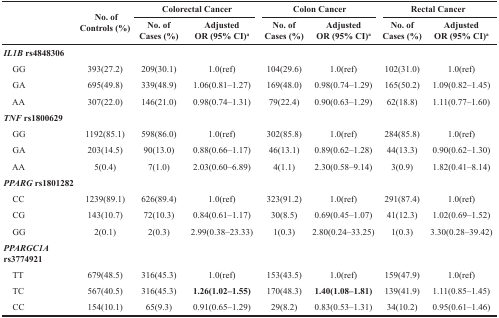
<table><thead><tr><td></td><td rowspan="2"><b>No. of Controls (%)</b></td><td colspan="2"><b>Colorectal Cancer</b></td><td colspan="2"><b>Colon Cancer</b></td><td colspan="2"><b>Rectal Cancer</b></td></tr><tr><td></td><td><b>No. of Cases (%)</b></td><td><b>Adjusted OR (95% CI)<sup>a</sup></b></td><td><b>No. of Cases (%)</b></td><td><b>Adjusted OR (95% CI)<sup>a</sup></b></td><td><b>No. of Cases (%)</b></td><td><b>Adjusted OR (95% CI)<sup>a</sup></b></td></tr></thead><tbody><tr><td><b><i>IL1B</i></b><b>rs4848306</b></td><td></td><td></td><td></td><td></td><td></td><td></td><td></td></tr><tr><td> GG</td><td>393(27.2)</td><td>209(30.1)</td><td>1.0(ref)</td><td>104(29.6)</td><td>1.0(ref)</td><td>102(31.0)</td><td>1.0(ref)</td></tr><tr><td> GA</td><td>695(49.8)</td><td>339(48.9)</td><td>1.06(0.81–1.27)</td><td>169(48.0)</td><td>0.98(0.74–1.29)</td><td>165(50.2)</td><td>1.09(0.82–1.45)</td></tr><tr><td> AA</td><td>307(22.0)</td><td>146(21.0)</td><td>0.98(0.74–1.31)</td><td>79(22.4)</td><td>0.90(0.63–1.29)</td><td>62(18.8)</td><td>1.11(0.77–1.60)</td></tr><tr><td><b><i>TNF</i></b><b>rs1800629</b></td><td></td><td></td><td></td><td></td><td></td><td></td><td></td></tr><tr><td> GG</td><td>1192(85.1)</td><td>598(86.0)</td><td>1.0(ref)</td><td>302(85.8)</td><td>1.0(ref)</td><td>284(85.8)</td><td>1.0(ref)</td></tr><tr><td> GA</td><td>203(14.5)</td><td>90(13.0)</td><td>0.88(0.66–1.17)</td><td>46(13.1)</td><td>0.89(0.62–1.28)</td><td>44(13.3)</td><td>0.90(0.62–1.30)</td></tr><tr><td> AA</td><td>5(0.4)</td><td>7(1.0)</td><td>2.03(0.60–6.89)</td><td>4(1.1)</td><td>2.30(0.58–9.14)</td><td>3(0.9)</td><td>1.82(0.41–8.14)</td></tr><tr><td><b><i>PPARG</i></b><b>rs1801282</b></td><td></td><td></td><td></td><td></td><td></td><td></td><td></td></tr><tr><td> CC</td><td>1239(89.1)</td><td>626(89.4)</td><td>1.0(ref)</td><td>323(91.2)</td><td>1.0(ref)</td><td>291(87.4)</td><td>1.0(ref)</td></tr><tr><td> CG</td><td>143(10.7)</td><td>72(10.3)</td><td>0.84(0.61–1.17)</td><td>30(8.5)</td><td>0.69(0.45–1.07)</td><td>41(12.3)</td><td>1.02(0.69–1.52)</td></tr><tr><td> GG</td><td>2(0.1)</td><td>2(0.3)</td><td>2.99(0.38–23.33)</td><td>1(0.3)</td><td>2.80(0.24–33.25)</td><td>1(0.3)</td><td>3.30(0.28–39.42)</td></tr><tr><td><b><i>PPARGC1A</i></b><b>rs3774921</b></td><td></td><td></td><td></td><td></td><td></td><td></td><td></td></tr><tr><td> TT</td><td>679(48.5)</td><td>316(45.3)</td><td>1.0(ref)</td><td>153(43.5)</td><td>1.0(ref)</td><td>159(47.9)</td><td>1.0(ref)</td></tr><tr><td> TC</td><td>567(40.5)</td><td>316(45.3)</td><td><b>1.26(1.02–1.55)</b></td><td>170(48.3)</td><td><b>1.40(1.08–1.81)</b></td><td>139(41.9)</td><td>1.11(0.85–1.45)</td></tr><tr><td> CC</td><td>154(10.1)</td><td>65(9.3)</td><td>0.91(0.65–1.29)</td><td>29(8.2)</td><td>0.83(0.53–1.31)</td><td>34(10.2)</td><td>0.95(0.61–1.46)</td></tr></tbody></table>